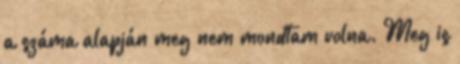
a száma alapján meg nem mondtam volna. Meg is